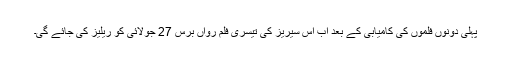
پہلی دونوں فلموں کی کامیابی کے بعد اب اس سیریز کی تیسری فلم رواں برس 27 جولائی کو ریلیز کی جائے گی۔